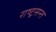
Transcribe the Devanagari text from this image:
राष्ट्रसन्त